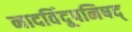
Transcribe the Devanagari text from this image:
नादविंदूपनिषद्